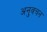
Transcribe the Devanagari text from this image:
अनुवचन